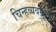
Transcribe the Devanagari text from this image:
चिन्हव्यवस्थेचे